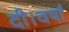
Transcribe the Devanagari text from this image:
दी।वर्षा